Report of the Municipal Commissioner on the plague in Bombay for the year ending 31st May... - Volume 1
Disease focus: Plague
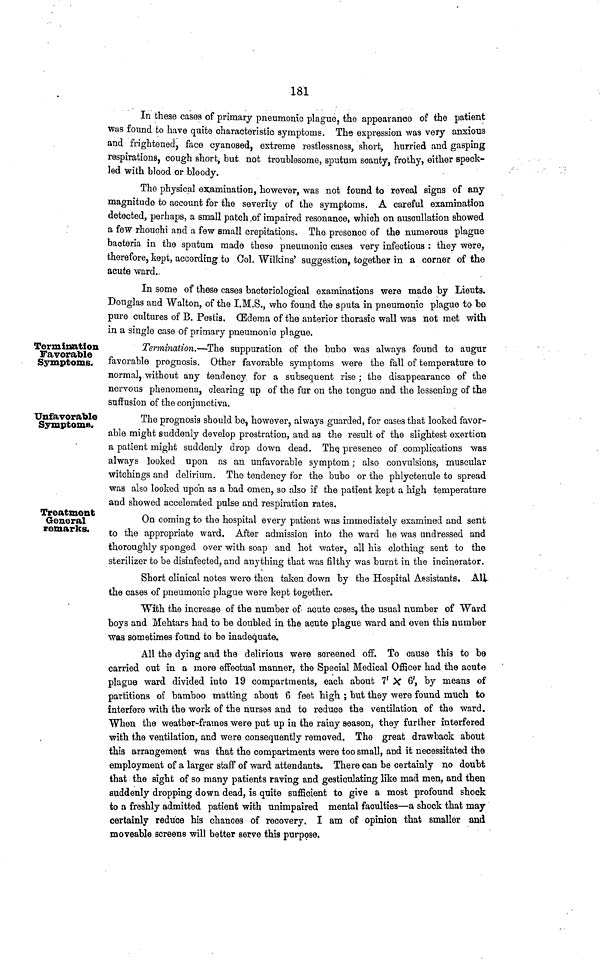
181
In these cases of primary pneumonic plague, the appearance of the patient
was found to have quite characteristic symptoms. The expression was very anxious
and frightened, face cyanosed, extreme restlessness, short, hurried and gasping
respirations, cough short, but not troublesome, sputum scanty, frothy, either speck-
led with blood or bloody.
The physical examination, however, was not found to reveal signs of any
magnitude to account for the severity of the symptoms. A careful examination
detected, perhaps, a small patch of impaired resonance, which on ausoullation showed
a few rhouchi and a few small crepitations. The presence of the numerous plague
bacteria in the sputum made these pneumonic cases very infectious : they were,
therefore, kept, according to Ool. Wilkins' suggestion, together in a corner of the
acute ward.
In some of these cases bacteriological examinations were made by Lieuts.
Douglas and Walton, of the I.M.S., who found the sputa in pneumonic plague to be
pure cultures of B. Pestia. (Edema of the anterior thorasic wall was not met with
in a single case of primary pneumonic plague.
Termination
Favorable
Symptoms.
Termination.—The suppuration of the bubo was always found to augur
favorable prognosis. Other favorable symptoms were the fall of temperature to
normal, without any tendency for a subsequent rise; the disappearance of the
nervous phenomena, clearing up of the fur on the tongue and the lessening of the
suffusion of the conjunctiva.
Unfavorable
Symptoms,
The prognosis should be, however, always guarded, for cases that looked favor-
able might suddenly develop prostration, and as the result of the slightest exertion
a patient might suddenly drop down dead. The. presence of complications was
always looked upon as an unfavorable symptom; also convulsions, muscular
witchings and delirium. The tendency for the bubo or the phlyctenule to spread
was also looked upon as a bad omen, so also if the patient kept a high temperature
and showed accelerated pulse and respiration rates.
Treatment
General
remarks.
On coming to the hospital every patient was immediately examined and sent
to the appropriate ward. After admission into the ward he was undressed and
thoroughly sponged over with soap and hot water, all his clothing sent to the
sterilizer to be disinfected, and anything that was filthy was burnt in the incinerator.
Short clinical notes were then taken down by the Hospital Assistants. AIL
the cases of pneumonic plague were kept together.
"With the increase of the number of acute coses, the usual number of Ward
boys and Mehtars had to be doubled in the acute plague ward and even this number
was sometimes found to be inadequate.
All the dying and the delirious were screened off. To cause this to be
carried out in a more effectual manner, the Special Medical Officer had the acute
plague ward divided into 19 compartments, each about 7' X 6', by means of
partitions of bamboo matting about 6 feet high ; but they were found much to
interfere with the work of the nurses and to reduce the ventilation of the ward.
When the weather-frames were put up in the rainy season, they further interfered
with the ventilation, and were consequently removed. The great drawback about
this arrangement was that the compartments were too small, and it necessitated the
employment of a larger staff of ward attendants. There can be certainly no doubt
that the sight of so many patients raving and gesticulating like mad men, and then
suddenly dropping down dead, is quite sufficient to give a most profound shock
to a freshly admitted patient with unimpaired mental faculties—a shock that may
certainly reduce his chances of recovery. I am of opinion that smaller and
moveable screens will better serve this purpose.